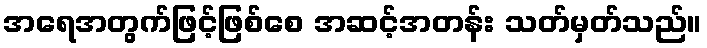
အရေအတွက်ဖြင့်ဖြစ်စေ အဆင့်အတန်း သတ်မှတ်သည်။